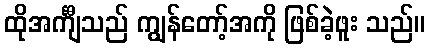
ထိုအင်္ကျီသည် ကျွန်တော့်အကို ဖြစ်ခဲ့ဖူး သည်။